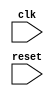
module behavior_model(
    input wire clk,
    input wire reset
);

always @(posedge clk or negedge reset) begin
    // behavior modeling code here
end

endmodule